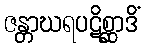
ဇန္တာဃရပဋိစ္ဆာဒိံ